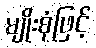
မျိုးစုံဖြင့်